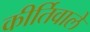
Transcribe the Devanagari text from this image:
कीर्तिवाले